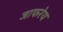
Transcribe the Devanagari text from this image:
जाफरेय